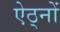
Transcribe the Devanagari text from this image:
ऐठ्नों